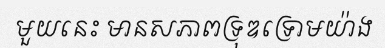
មួយនេះ មានសភាពទ្រុឌទ្រោមយ៉ាង